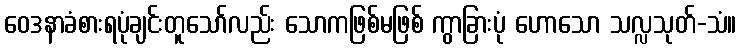
ဝေဒနာခံစားရပုံချင်းတူသော်လည်း သောကဖြစ်မဖြစ် ကွာခြားပုံ ဟောသော သလ္လသုတ်-သံ။